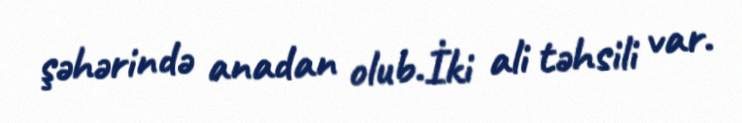
şəhərində anadan olub.İki ali təhsili var.